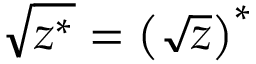
{ \sqrt { z ^ { * } } } = \left( { \sqrt { z } } \right) ^ { * }